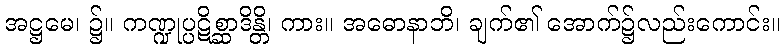
အဋ္ဌမေ၊ ၌။ ကဏ္ဍုပ္ပဋိစ္ဆာဒိန္တိ၊ ကား။ အဓောနာဘိ၊ ချက်၏ အောက်၌လည်းကောင်း။